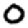
Digit: 0